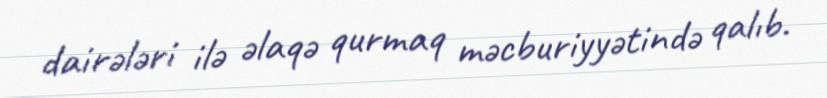
dairələri ilə əlaqə qurmaq məcburiyyətində qalıb.